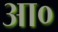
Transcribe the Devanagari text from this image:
आ०